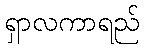
ရှာလကာရည်